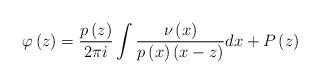
LaTeX: \begin{align*}\varphi \left( z\right) =\frac{p\left( z\right) }{2\pi i}\int \frac{\nu\left( x\right) }{p\left( x\right) \left( x-z\right) }dx+P\left( z\right)\end{align*}